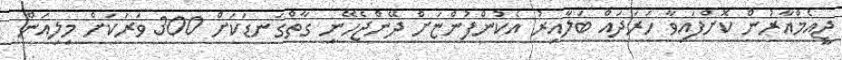
ޖީއެމްއާރުން ކޮށްފައިވާ ހަރަދައް ބަލާއިރު އެކުންފުންޏަށް ދޭންޖެހޭނީ ގާތްގަނޑަކަށް 300 ވަރަކަށް މިލިއަން